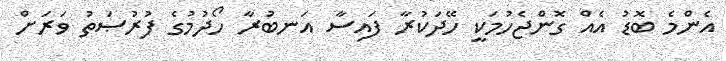
އެންމެ ބޮޑު އެއް ގޮންޖެހުމަކީ ހޭދަކުރާ ފައިސާ އަނބުރާ ހޯދުމުގެ ފުރުޞަތު ވަރަށް